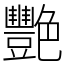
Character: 艷